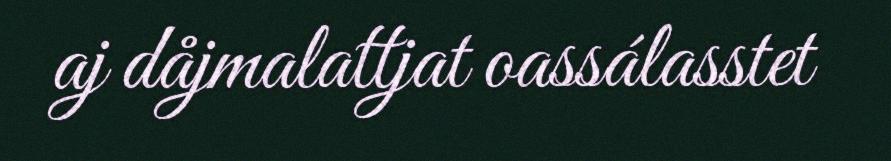
aj dåjmalattjat oassálasstet